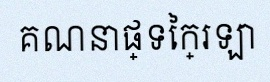
គណនាផ្ទៃក្រឡា